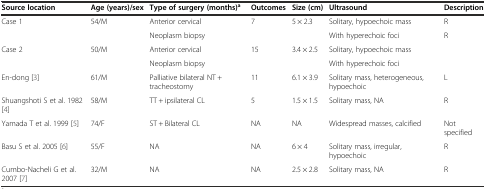
<table><thead><tr><td><b>Source location</b></td><td><b>Age (years)/sex</b></td><td><b>Type of surgery (months)<sup>a</sup></b></td><td><b>Outcomes</b></td><td><b>Size (cm)</b></td><td><b>Ultrasound</b></td><td><b>Description</b></td></tr></thead><tbody><tr><td>Case 1</td><td>54/M</td><td>Anterior cervical</td><td>7</td><td>5 × 2.3</td><td>Solitary, hypoechoic mass</td><td>R</td></tr><tr><td></td><td></td><td>Neoplasm biopsy</td><td></td><td></td><td>With hyperechoic foci</td><td>R</td></tr><tr><td>Case 2</td><td>50/M</td><td>Anterior cervical</td><td>15</td><td>3.4 × 2.5</td><td>Solitary, hypoechoic mass</td><td></td></tr><tr><td></td><td></td><td>Neoplasm biopsy</td><td></td><td></td><td>With hyperechoic foci</td><td></td></tr><tr><td>En-dong [3]</td><td>61/M</td><td>Palliative bilateral NT + tracheostomy</td><td>11</td><td>6.1 × 3.9</td><td>Solitary mass, heterogeneous, hypoechoic</td><td>L</td></tr><tr><td>Shuangshoti S et al. 1982 [4]</td><td>58/M</td><td>TT + ipsilateral CL</td><td>5</td><td>1.5 × 1.5</td><td>Solitary mass, NA</td><td>R</td></tr><tr><td>Yamada T et al. 1999 [5]</td><td>74/F</td><td>ST + Bilateral CL</td><td>NA</td><td>NA</td><td>Widespread masses, calcified</td><td>Not specified</td></tr><tr><td>Basu S et al. 2005 [6]</td><td>55/F</td><td>NA</td><td>NA</td><td>6 × 4</td><td>Solitary mass, irregular, hypoechoic</td><td>R</td></tr><tr><td>Cumbo-Nacheli G et al. 2007 [7]</td><td>32/M</td><td>NA</td><td>NA</td><td>2.5 × 2.8</td><td>Solitary mass, NA</td><td>R</td></tr></tbody></table>